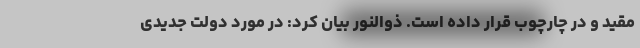
مقید و در چارچوب قرار داده است. ذوالنور بیان کرد: در مورد دولت جدیدی